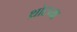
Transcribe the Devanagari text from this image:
थ्रोटच्या